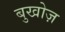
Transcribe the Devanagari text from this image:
बुखोज़